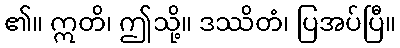
၏။ ဣတိ၊ ဤသို့။ ဒဿိတံ၊ ပြအပ်ပြီ။